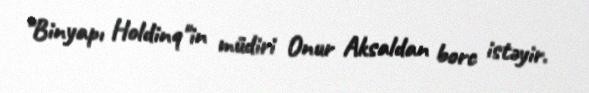
"Binyapı Holdinq"in müdiri Onur Aksaldan borc istəyir.